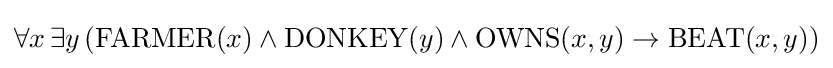
\forall x\,\exists y\,({\text{FARMER}}(x)\land {\text{DONKEY}}(y)\land {\text{OWNS}}(x,y)\rightarrow {\text{BEAT}}(x,y))